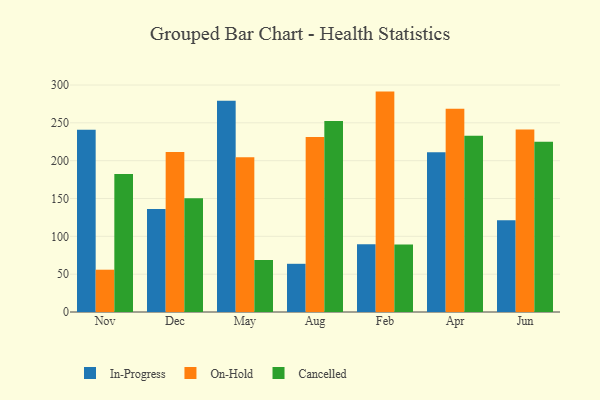
{"axis": {"x": "Month", "y": "Latency (ms)"}, "legend": ["Cancelled", "In-Progress", "On-Hold"], "data": [{"x": "Nov", "y": 240.9, "type": "In-Progress"}, {"x": "Nov", "y": 55.9, "type": "On-Hold"}, {"x": "Nov", "y": 182.4, "type": "Cancelled"}, {"x": "Dec", "y": 136.0, "type": "In-Progress"}, {"x": "Dec", "y": 211.6, "type": "On-Hold"}, {"x": "Dec", "y": 150.4, "type": "Cancelled"}, {"x": "May", "y": 279.2, "type": "In-Progress"}, {"x": "May", "y": 204.6, "type": "On-Hold"}, {"x": "May", "y": 68.7, "type": "Cancelled"}, {"x": "Aug", "y": 63.7, "type": "In-Progress"}, {"x": "Aug", "y": 231.3, "type": "On-Hold"}, {"x": "Aug", "y": 252.4, "type": "Cancelled"}, {"x": "Feb", "y": 89.4, "type": "In-Progress"}, {"x": "Feb", "y": 291.3, "type": "On-Hold"}, {"x": "Feb", "y": 89.2, "type": "Cancelled"}, {"x": "Apr", "y": 211.1, "type": "In-Progress"}, {"x": "Apr", "y": 268.6, "type": "On-Hold"}, {"x": "Apr", "y": 232.9, "type": "Cancelled"}, {"x": "Jun", "y": 121.4, "type": "In-Progress"}, {"x": "Jun", "y": 241.3, "type": "On-Hold"}, {"x": "Jun", "y": 225.1, "type": "Cancelled"}]}